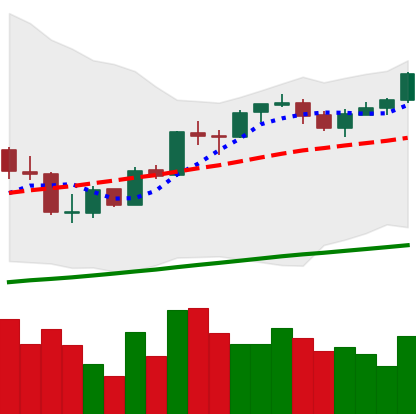
Ticker: BTC-USD
Chart end date: 2017-10-08
Forward return: 22.486%
Label: up_7plus